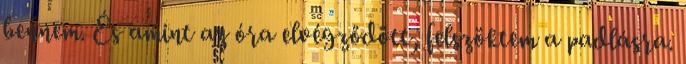
bennem. És amint az óra elvégződött, felszöktem a padlásra.